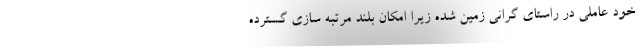
خود عاملی در راستای گرانی زمین شده زیرا امکان بلند مرتبه سازی گسترده